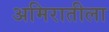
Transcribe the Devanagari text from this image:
अमिरातीला